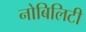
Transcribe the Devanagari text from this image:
नोबिलिटी